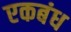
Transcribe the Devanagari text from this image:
एकबंध